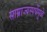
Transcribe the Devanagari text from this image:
साम्राज्यस्पर्धेमुळे